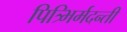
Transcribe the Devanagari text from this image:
पित्र्भिर्मदन्ती